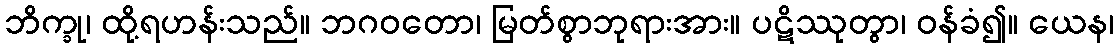
ဘိက္ခု၊ ထို့ရဟန်းသည်။ ဘဂဝတော၊ မြတ်စွာဘုရားအား။ ပဋိဿုတွာ၊ ဝန်ခံ၍။ ယေန၊